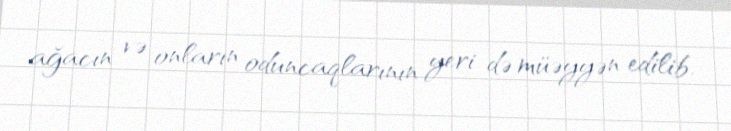
ağacın və onların oduncaqlarının yeri də müəyyən edilib.